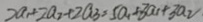
2 a _ { 1 } + 2 a _ { 2 } + 2 a _ { 3 } = 5 a _ { 1 } + 3 a _ { 1 } + 3 a _ { 2 }